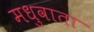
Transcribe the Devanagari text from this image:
मधुवाता